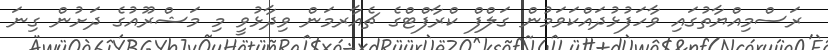
ރަސްމިއްޔާތުގައި ވާހަފުޅުދައްކަވަމުން ގަލްފް ކްރާފްޓްގެ ޗެއާރމަން ވިދާޅުވީ މި މަޝްރޫއުގެ ދަށުން ގިނަ